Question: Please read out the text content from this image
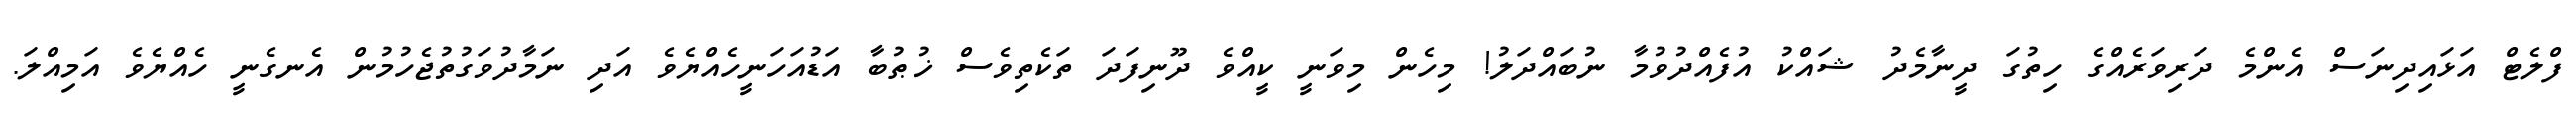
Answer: ފްލެޓް އަޅައިދިނަސް އެންމެ ދަރިވަރެއްގެ ހިތުގަ ދީނާމެދު ޝައްކު އުފެއްދުވުމާ ނުބައްދަލު! މިހެން މިވަނީ ކީއްވެ ދޫނިފަދަ ތަކެތިވެސް ޚުޠުބާ އަޑުއަހަނީހެއްޔެވެ އަދި ނަމާދުވަގުތުޖެހުމުން އެނގެނީ ހެއްޔެވެ އަމިއްލަ.